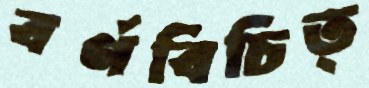
বর্ণবিচিত্